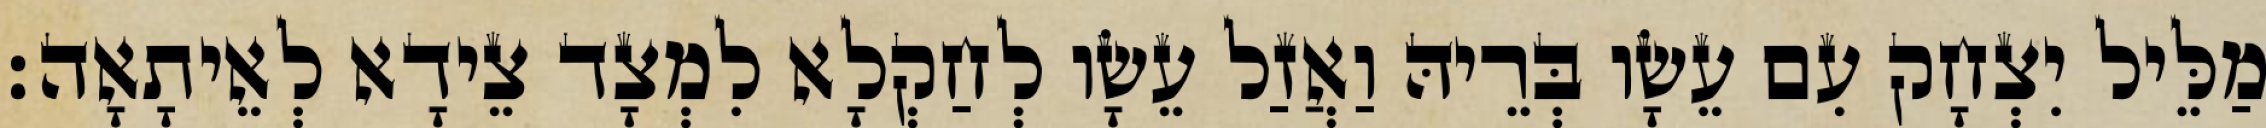
מַלֵּיל יִצְחָק עִם עֵשָׂו בְּרֵיהּ וַאֲזַל עֵשָׂו לְחַקְלָא לִמְצָד צֵידָא לְאֵיתָאָה׃